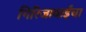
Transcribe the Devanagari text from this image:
गिरिजाबाईंचा